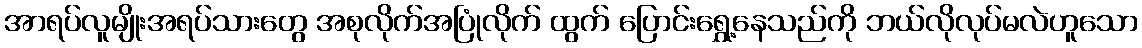
အာရပ်လူမျိုးအရပ်သားတွေ အစုလိုက်အပြုံလိုက် ထွက် ပြောင်းရွှေ့နေသည်ကို ဘယ်လိုလုပ်မလဲဟူသော